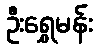
ဦးရွှေမန်း